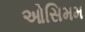
ઓસિમમ